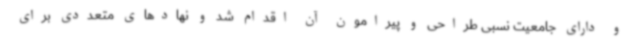
و دارای جامعیت نسبی طراحی و پیرامون آن اقدام شد و نهادهای متعددی برای